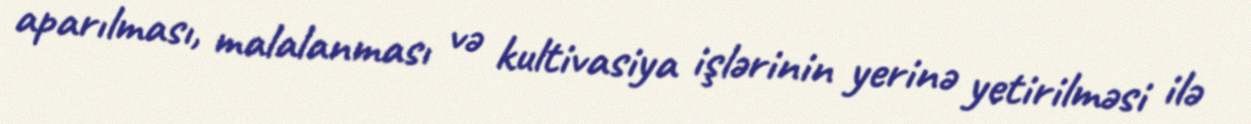
aparılması, malalanması və kultivasiya işlərinin yerinə yetirilməsi ilə